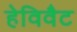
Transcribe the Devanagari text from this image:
हेविवैट